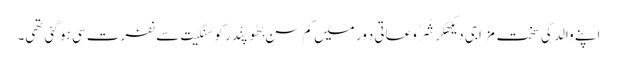
اپنے والد کی سخت مِزاجی دیکھکر شُرُوعاتی دَور میں کم سن بھُوپِنْدر کو سنگِیت سے نفرت سی ہو گئی تھی۔